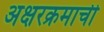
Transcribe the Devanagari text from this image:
अक्षरक्रमाची